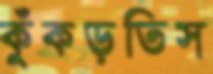
কুঁকড়তিস